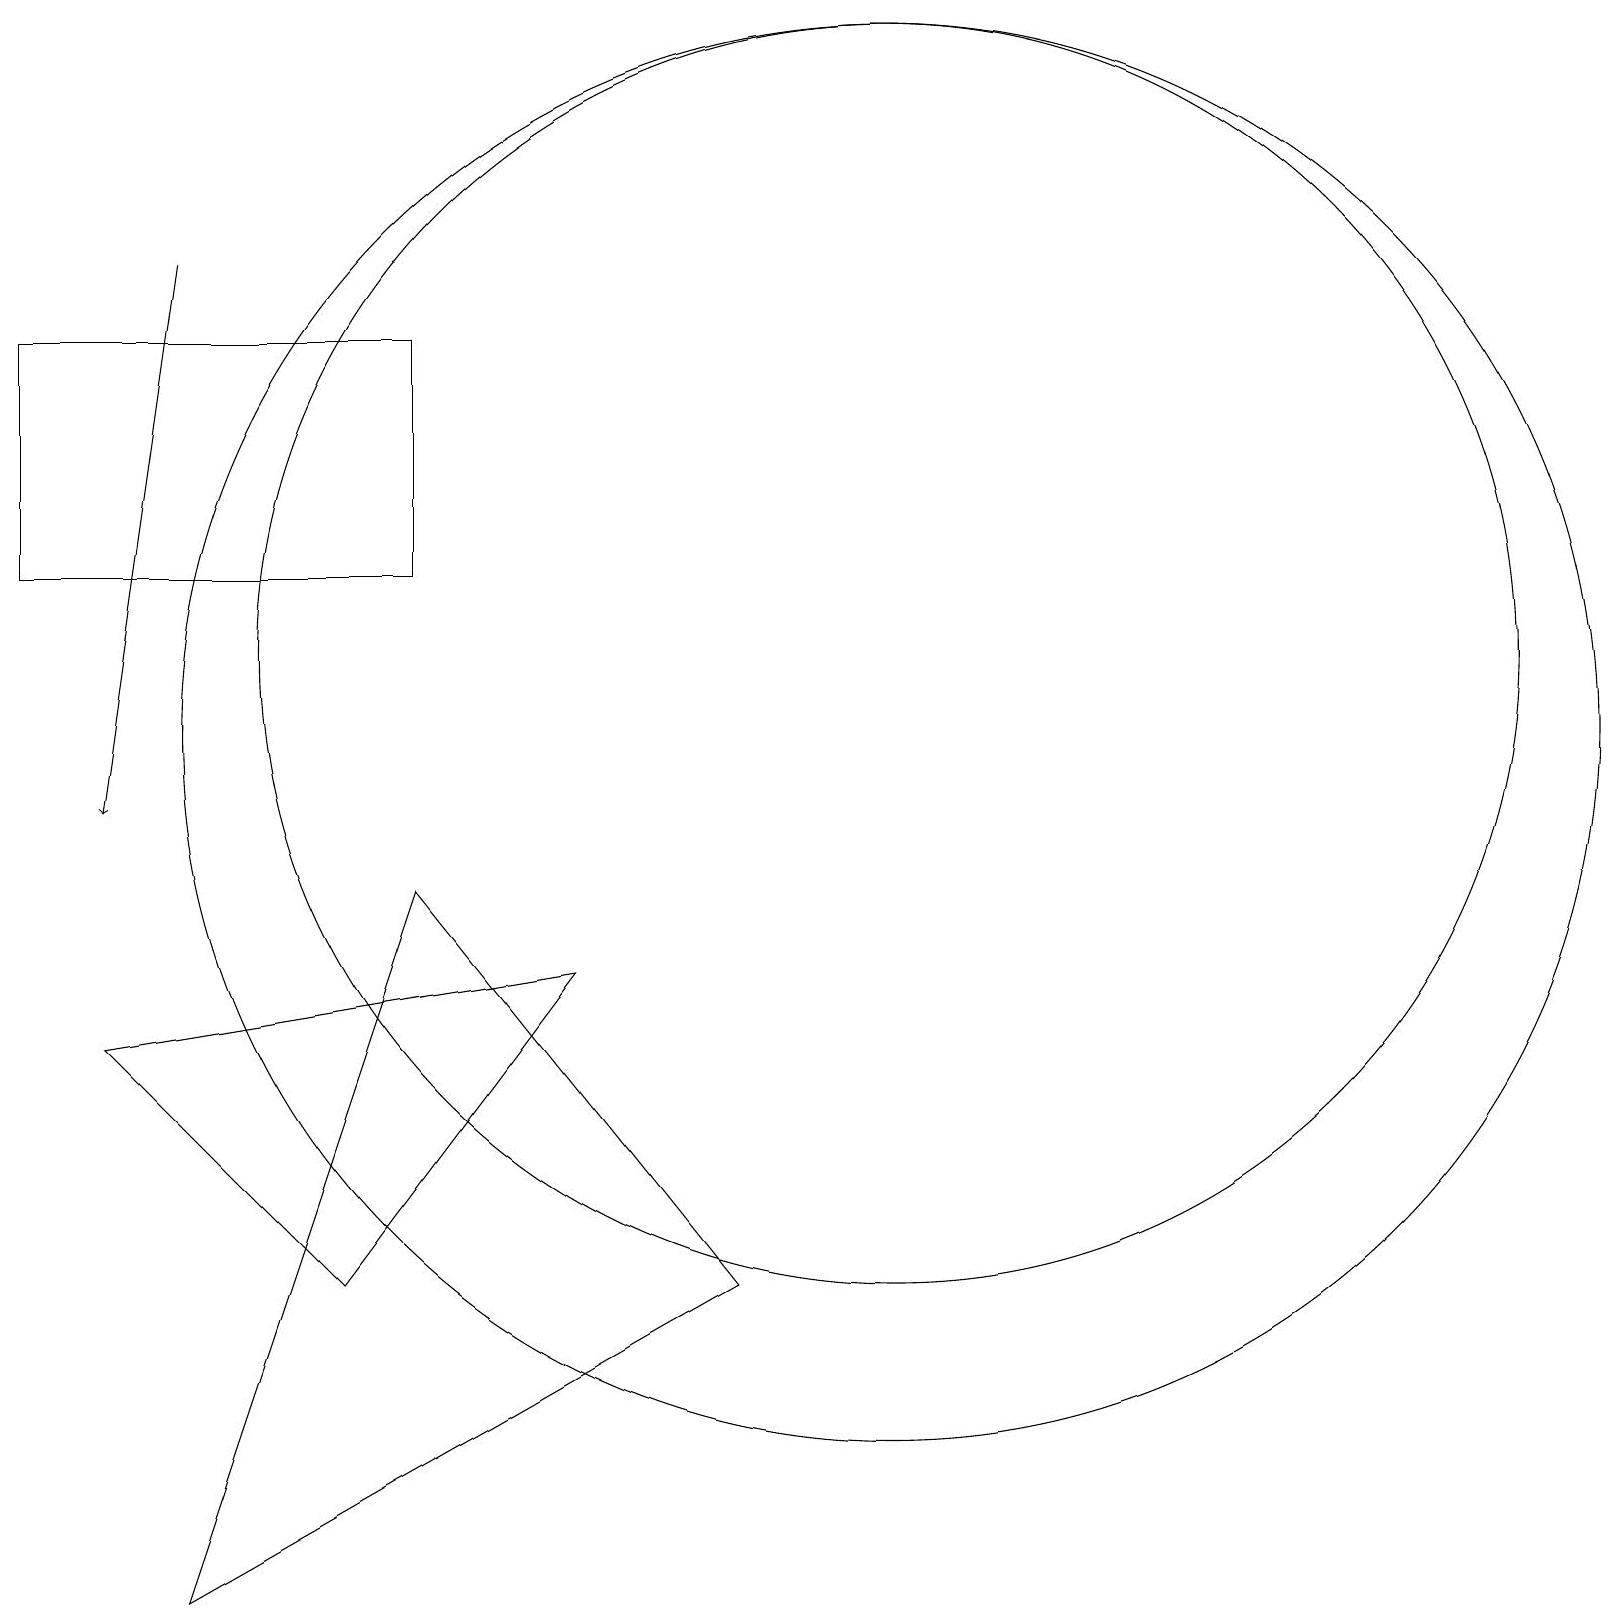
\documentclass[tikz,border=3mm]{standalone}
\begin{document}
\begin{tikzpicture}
\draw (11,12) circle (8);
\draw (2,0) -- (5,9) -- (9,4) -- cycle;
\draw (5,16) rectangle (0,13);
\draw (1,7) -- (4,4) -- (7,8) -- cycle;
\draw (11,11) circle (9);
\draw[->] (2,17) -- (1,10);
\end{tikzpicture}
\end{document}